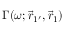
\Gamma ( \omega ; \vec { r } _ { 1 ^ { \prime } } , \vec { r } _ { 1 } )